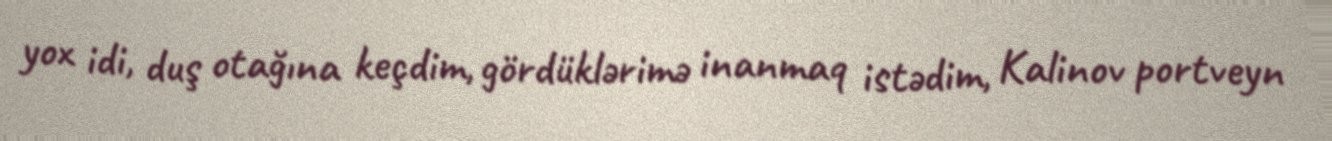
yox idi, duş otağına keçdim, gördüklərimə inanmaq istədim, Kalinov portveyn